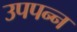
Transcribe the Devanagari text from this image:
उपपन्न